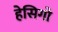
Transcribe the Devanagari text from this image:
हेसिगो